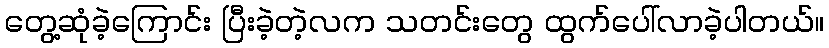
တွေ့ဆုံခဲ့ကြောင်း ပြီးခဲ့တဲ့လက သတင်းတွေ ထွက်ပေါ်လာခဲ့ပါတယ်။